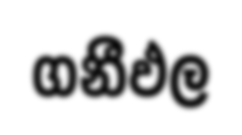
ගනීඵල